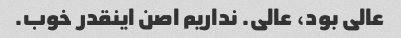
عالی بود، عالی. نداریم اصن اینقدر خوب.